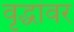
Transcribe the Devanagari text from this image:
वृद्धांवर